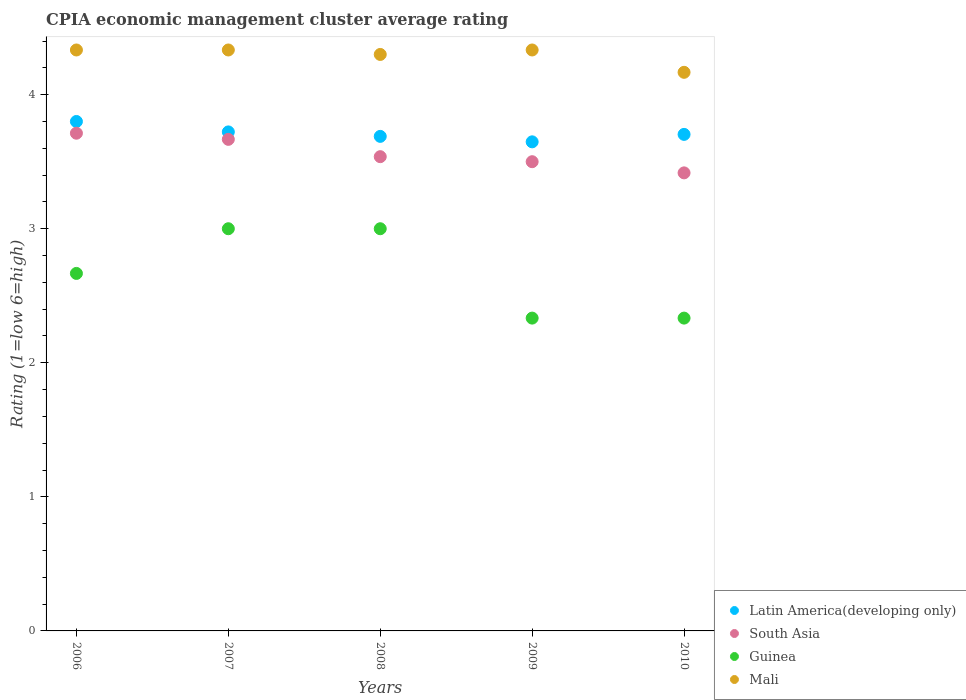
| Years | Latin America(developing only) | South Asia | Guinea | Mali |
 | --- | --- | --- | --- | --- |
 | 2006 | 3.8 | 3.71 | 2.67 | 4.33 |
 | 2007 | 3.72 | 3.67 | 3 | 4.33 |
 | 2008 | 3.69 | 3.54 | 3 | 4.3 |
 | 2009 | 3.65 | 3.5 | 2.33 | 4.33 |
 | 2010 | 3.7 | 3.42 | 2.33 | 4.17 |